Vaccination North-Western Provinces 1866-1877 - 1866-1877
Year: 1866
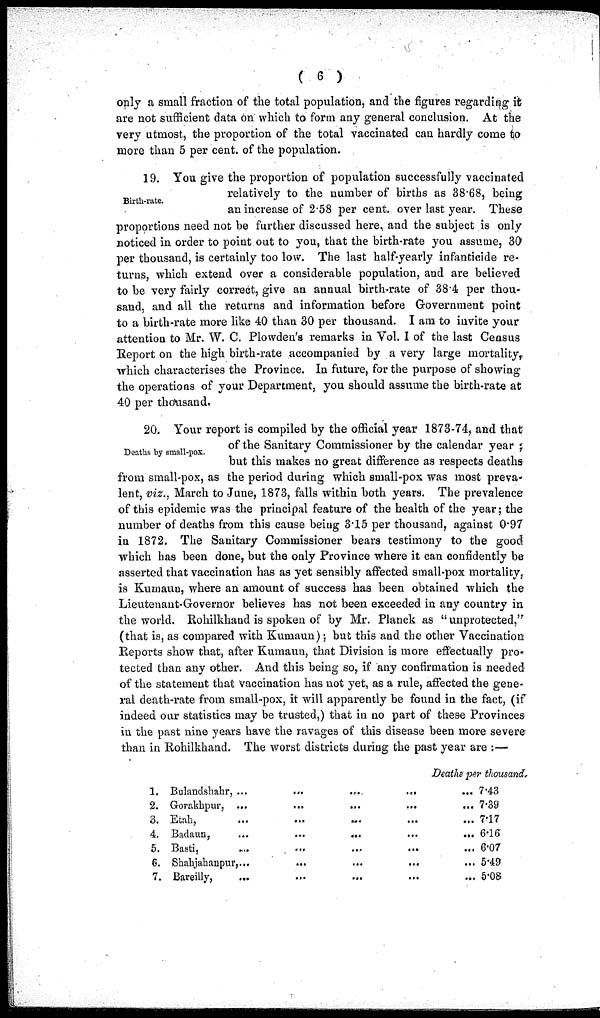
( 6 )
only a small fraction of the total population, and the figures regarding it
are not sufficient data on which to form any general conclusion. At the
very utmost, the proportion of the total vaccinated can hardly come to
more than 5 per cent. of the population.
Birth-rate.
19. You give the proportion of population successfully vaccinated
relatively to the number of births as 38.68, being
an increase of 2.58 per cent. over last year. These
proportions need not be further discussed here, and the subject is only
noticed in order to point out to you, that the birth-rate you assume, 30
per thousand, is certainly too low. The last half-yearly infanticide re-
turns, which extend over a considerable population, and are believed
to be very fairly correct, give an annual birth-rate of 38.4 per thou-
sand, and all the returns and information before Government point
to a birth-rate more like 40 than 30 per thousand. I am to invite your
attention to Mr. W. C. Plowden's remarks in Vol. I of the last Census
Report on the high birth-rate accompanied by a very large mortality,
which characterises the Province. In future, for the purpose of showing
the operations of your Department, you should assume the birth-rate at
40 per thousand.
Deaths by small-pox.
20. Your report is compiled by the official year 1873-74, and that
of the Sanitary Commissioner by the calendar year ;
but this makes no great difference as respects deaths
from small-pox, as the period during which small-pox was most preva-
lent, viz., March to June, 1873, falls within both years. The prevalence
of this epidemic was the principal feature of the health of the year; the
number of deaths from this cause being 3.15 per thousand, against 0.97
in 1872. The Sanitary Commissioner bears testimony to the good
which has been done, but the only Province where it can confidently be
asserted that vaccination has as yet sensibly affected small-pox mortality,
is Kumaun, where an amount of success has been obtained which the
Lieutenant-Governor believes has not been exceeded in any country in
the world. Rohilkhand is spoken of by Mr. Planck as "unprotected,"
(that is, as compared with Kumaun); but this and the other Vaccination
Reports show that, after Kumaun, that Division is more effectually pro-
tected than any other. And this being so, if any confirmation is needed
of the statement that vaccination has not yet, as a rule, affected the gene-
ral death-rate from small-pox, it will apparently be found in the fact, (if
indeed our statistics may be trusted,) that in no part of these Provinces
in the past nine years have the ravages of this disease been more severe
than in Rohilkhand. The worst districts during the past year are :—
1.
2.
3.
4.
5.
6.
7.
Deaths per thousand.
Bulartdshahr, ...
Gorakkpur, ...
Etah, ...
Badaun, ...
Basti, ...
Shahjahanpur,...
Bareilly,
...
...
...
...
...
...
...
...
...
...
...
...
...
...
...
...
...
...
...
...
...
...
... 7.43
... 7.39
... 7.17
... 6.16
... 6.07
... 5.49
... 5.08